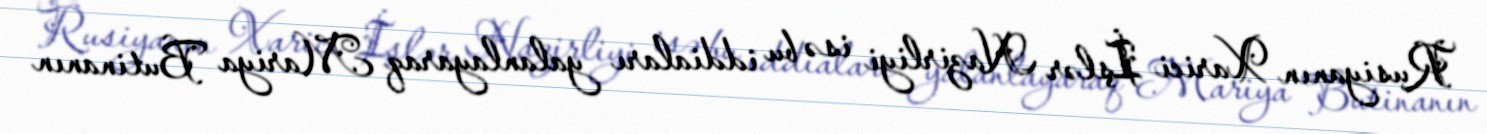
Rusiyanın Xarici İşlər Nazirliyi isə bu iddiaları yalanlayaraq Mariya Butinanın